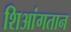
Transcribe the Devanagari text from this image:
शिआंगतान